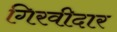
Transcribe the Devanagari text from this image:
गिरवीदार